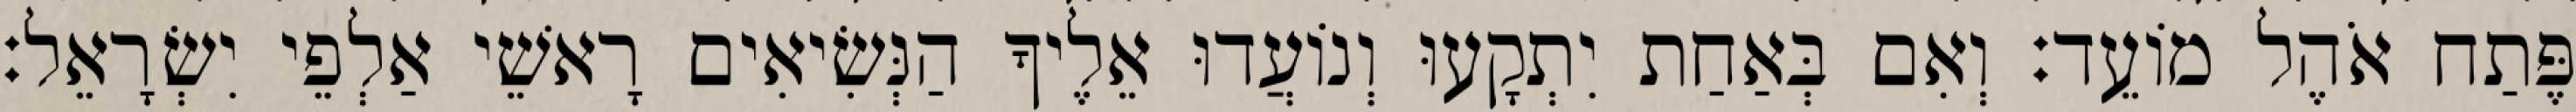
פֶּתַח אֹהֶל מוֹעֵד׃ וְאִם בְּאַחַת יִתְקָעוּ וְנוֹעֲדוּ אֵלֶיךָ הַנְּשִׂיאִים רָאשֵׁי אַלְפֵי יִשְׂרָאֵל׃